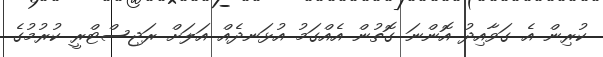
ކުރިން އެ ގަވާއިދު އޮންނަ ގޮތުން އެއްގަމު އުޅަނދެއް އަލަށް ރަޖިސްޓްރީ ކުރުމުގެ